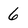
Character: 6